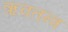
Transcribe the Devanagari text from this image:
ऋक्तन्त्र